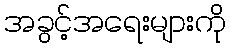
အခွင့်အရေးများကို